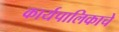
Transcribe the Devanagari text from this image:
कार्यपालिकाचे